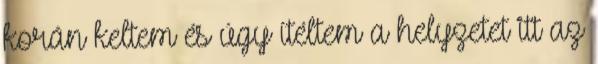
korán keltem és úgy ítéltem a helyzetet itt az